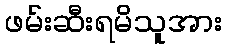
ဖမ်းဆီးရမိသူအား